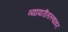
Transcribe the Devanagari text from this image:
व्यापारीतत्त्वावर